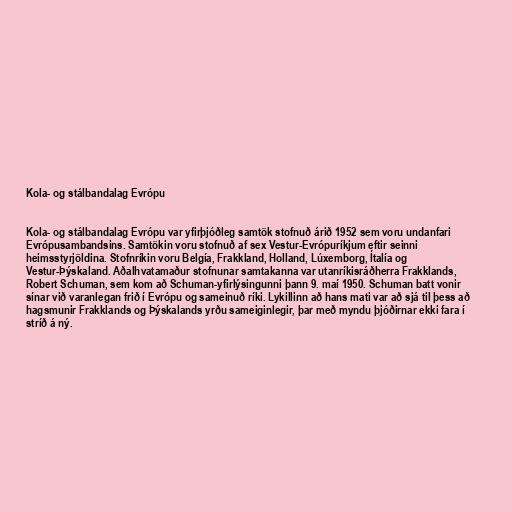
Kola- og stálbandalag Evrópu

Kola- og stálbandalag Evrópu var yfirþjóðleg samtök stofnuð árið 1952 sem voru undanfari
Evrópusambandsins. Samtökin voru stofnuð af sex Vestur-Evrópuríkjum eftir seinni
heimsstyrjöldina. Stofnríkin voru Belgía, Frakkland, Holland, Lúxemborg, Ítalía og
Vestur-Þýskaland. Aðalhvatamaður stofnunar samtakanna var utanríkisráðherra Frakklands,
Robert Schuman, sem kom að Schuman-yfirlýsingunni þann 9. maí 1950. Schuman batt vonir
sínar við varanlegan frið í Evrópu og sameinuð ríki. Lykillinn að hans mati var að sjá til þess að
hagsmunir Frakklands og Þýskalands yrðu sameiginlegir, þar með myndu þjóðirnar ekki fara í
stríð á ný.